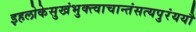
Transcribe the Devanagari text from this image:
इहलोकेसुखंभुक्त्वाचान्तंसत्यपुरंययौ